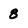
Character: 8